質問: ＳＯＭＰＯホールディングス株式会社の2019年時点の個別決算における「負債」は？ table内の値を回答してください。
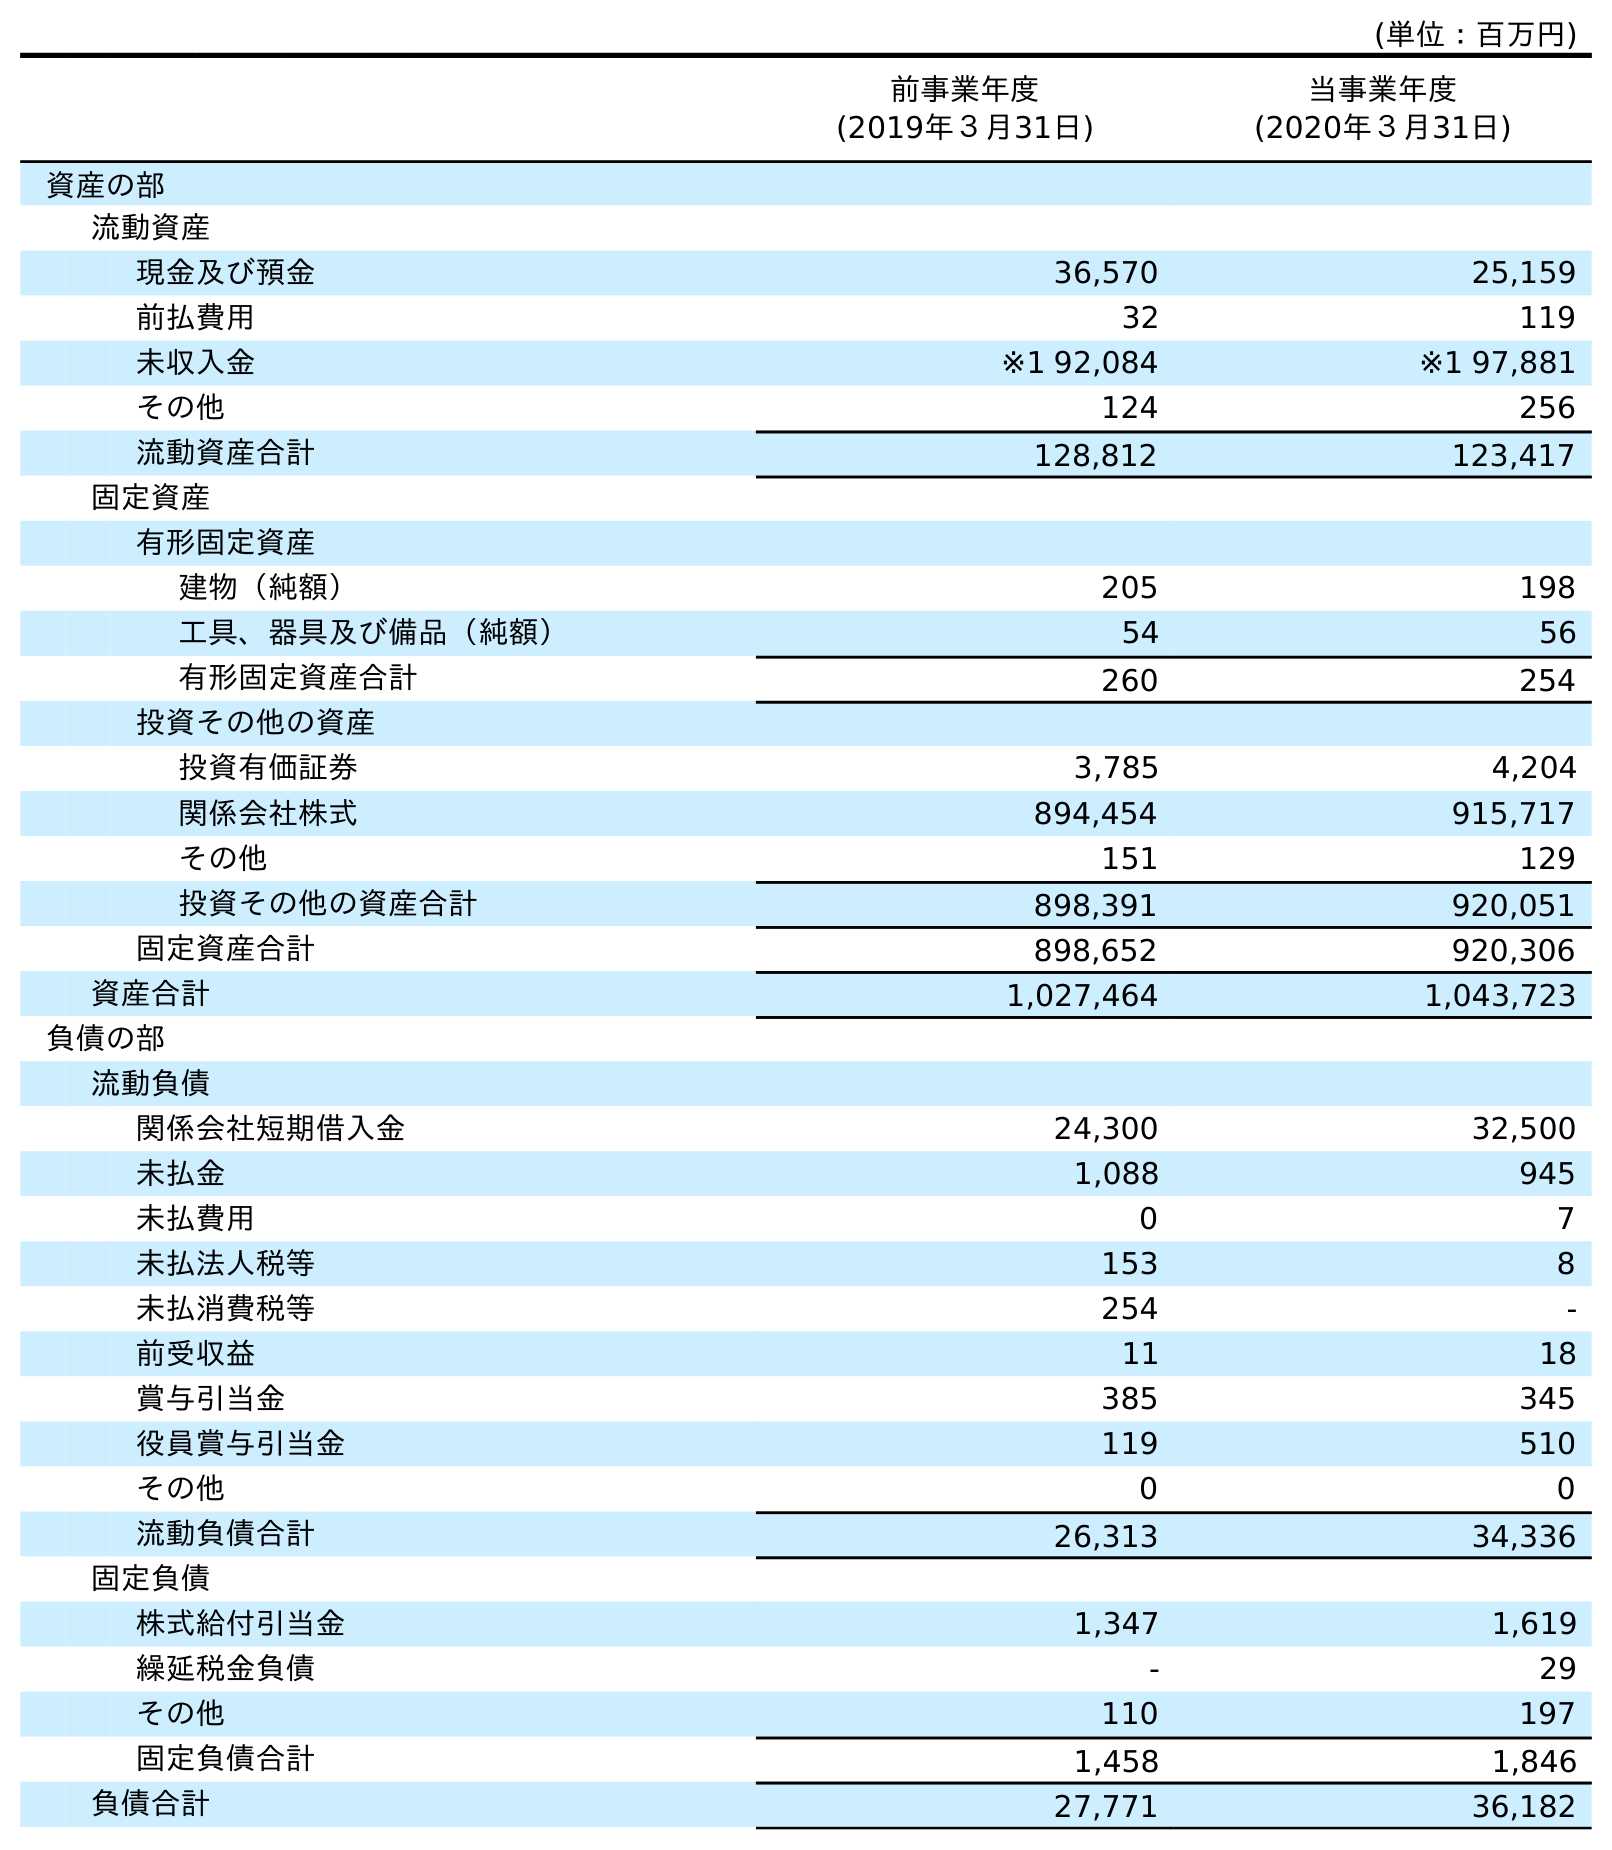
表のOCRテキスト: (単位：百万円) 前事業年度 (2019年３月31日) 当事業年度 (2020年３月31日) 資産の部 流動資産 現金及び預金 36,570 25,159 前払費用 32 119 未収入金 ※1 92,084 ※1 97,881 その他 124 256 流動資産合計 128,812 123,417 固定資産 有形固定資産 建物（純額） 205 198 工具、器具及び備品（純額） 54 56 有形固定資産合計 260 254 投資その他の資産 投資有価証券 3,785 4,204 関係会社株式 894,454 915,717 その他 151 129 投資その他の資産合計 898,391 920,051 固定資産合計 898,652 920,306 資産合計 1,027,464 1,043,723 負債の部 流動負債 関係会社短期借入金 24,300 32,500 未払金 1,088 945 未払費用 0 7 未払法人税等 153 8 未払消費税等 254 - 前受収益 11 18 賞与引当金 385 345 役員賞与引当金 119 510 その他 0 0 流動負債合計 26,313 34,336 固定負債 株式給付引当金 1,347 1,619 繰延税金負債 - 29 その他 110 197 固定負債合計 1,458 1,846 負債合計 27,771 36,182
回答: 27,771